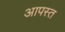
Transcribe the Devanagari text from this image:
आपस्त